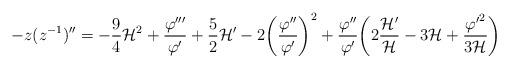
LaTeX: \begin{align*}-z(z^{-1})''= - \frac{9}{4} {\cal H}^2 + \frac{\varphi'''}{\varphi'}+ \frac{5}{2} {\cal H}' - 2 \biggl(\frac{\varphi''}{\varphi'}\biggr)^2 +\frac{\varphi''}{\varphi'} \biggl( 2 \frac{{\cal H}'}{\cal H} - 3 {\cal H} + \frac{{\varphi'}^2}{3 {\cal H}} \biggr)\end{align*}